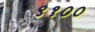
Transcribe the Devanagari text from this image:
९१००